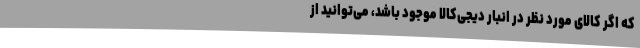
که اگر کالای مورد نظر در انبار دیجی‌کالا موجود باشد، می‌توانید از